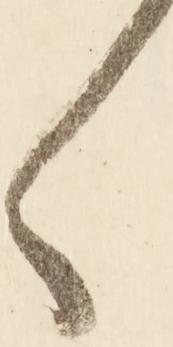
く